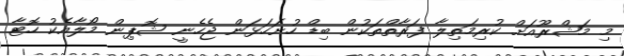
މި މަޝްރޫއަށް ކުރިމަތިލާ ފަރާތްތަކުން ބިޑް ހުށަހަޅަން ޖެހެނީ ޝޮޕިން މޯލާއެކު ހޮޓާ